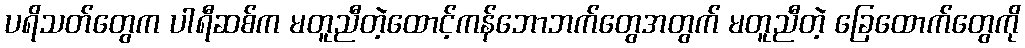
ပရိသတ်တွေက ပါရီဆစ်က မတူညီတဲ့ထောင့်ကန်ဘောဘက်တွေအတွက် မတူညီတဲ့ ခြေထောက်တွေကို